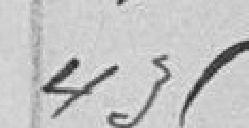
435